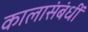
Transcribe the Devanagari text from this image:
कालासंबंधीं